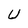
Character: U